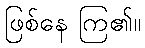
ဖြစ်နေ ကြ၏။